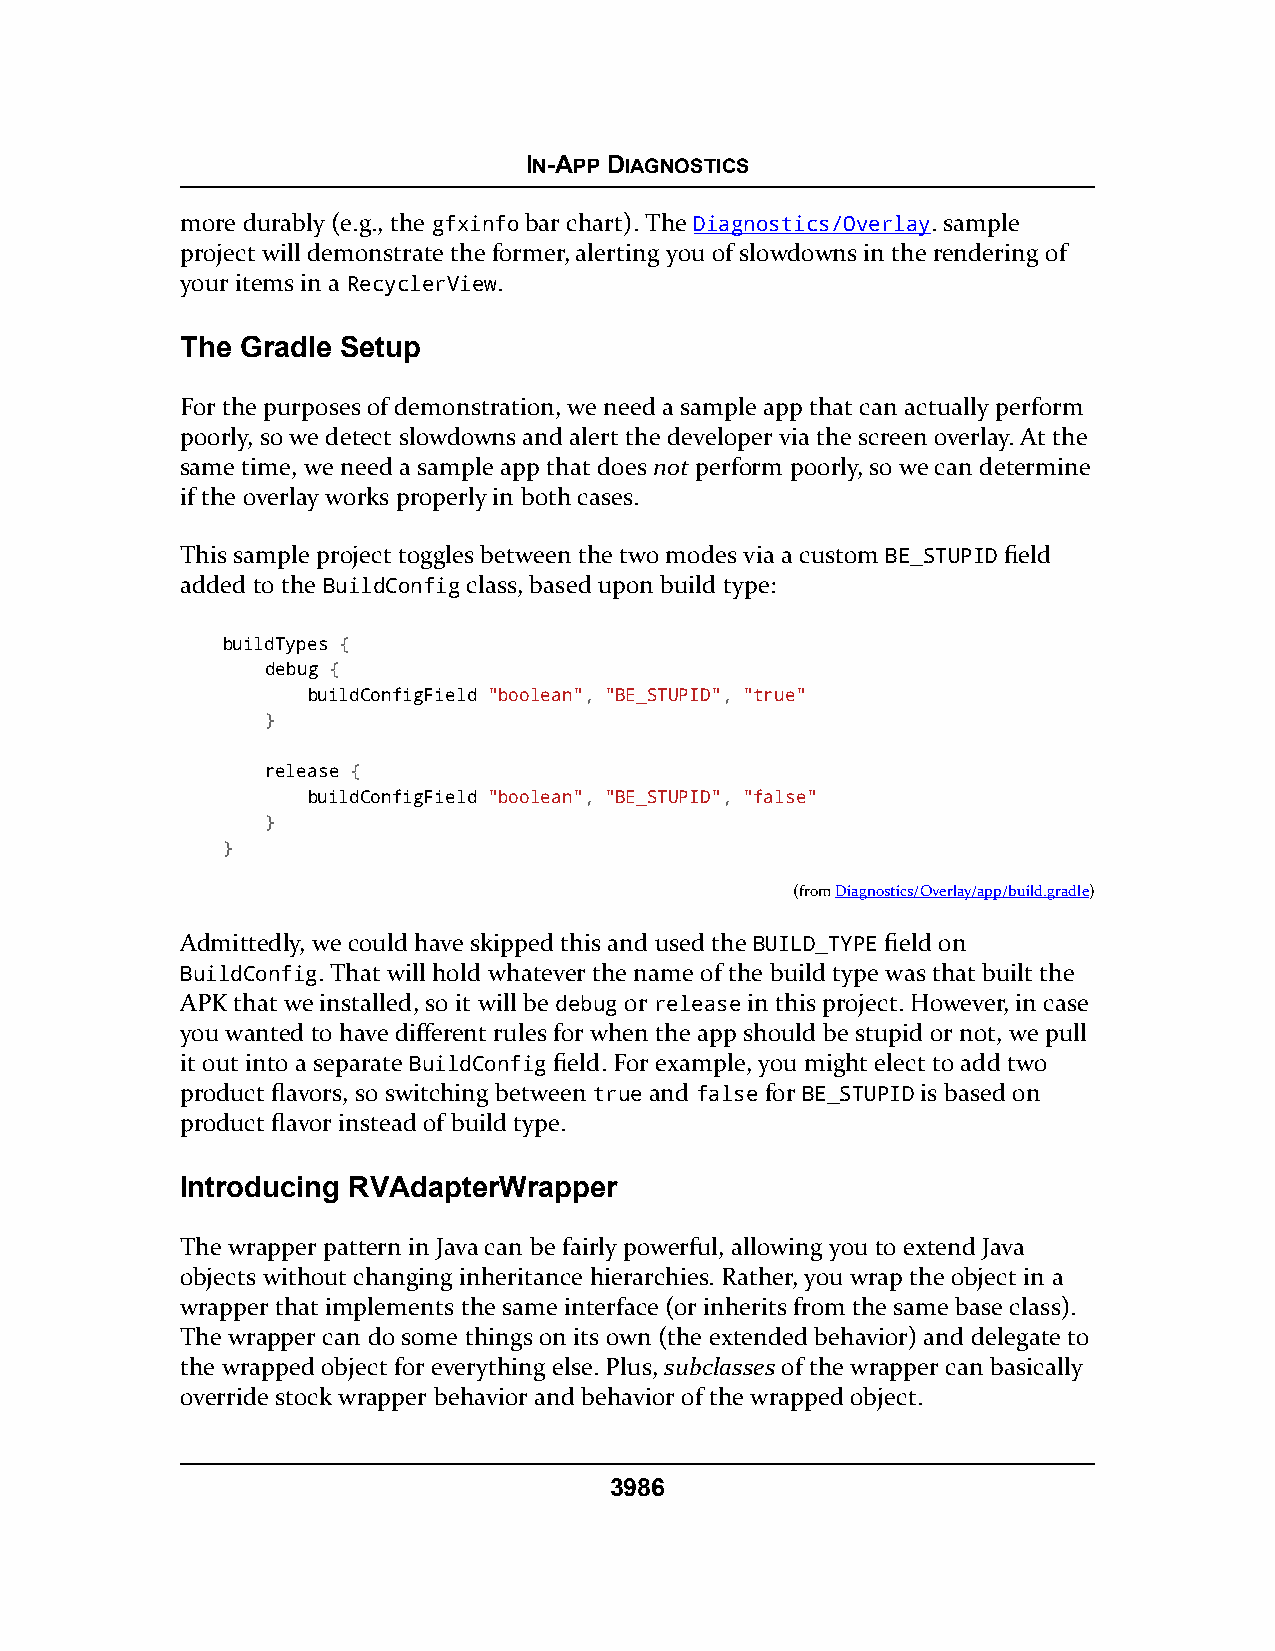
IN-APP DIAGNOSTICS
 more durably (e.g., the gfxinfo bar chart). The Diagnostics/Overlay. sample
 project will demonstrate the former, alerting you of slowdowns in the rendering of
 your items in a RecyclerView.
 The Gradle Setup
 For the purposes of demonstration, we need a sample app that can actually perform
 poorly, so we detect slowdowns and alert the developer via the screen overlay. At the
 same time, we need a sample app that does not perform poorly, so we can determine
 if the overlay works properly in both cases.
 This sample project toggles between the two modes via a custom BE_STUPID field
 added to the BuildConfig class, based upon build type:
 buildTypes {
 debug {
 buildConfigField "boolean", "BE_STUPID", "true"
 }
 release {
 buildConfigField "boolean", "BE_STUPID", "false"
 }
 }
 (fromDiagnostics/Overlay/app/build.gradle)
 Admittedly, we could have skipped this and used the BUILD_TYPE field on
 BuildConfig. That will hold whatever the name of the build type was that built the
 APK that we installed, so it will be debug or release in this project. However, in case
 you wanted to have different rules for when the app should be stupid or not, we pull
 it out into a separate BuildConfig field. For example, you might elect to add two
 product flavors, so switching between true and false for BE_STUPID is based on
 product flavor instead of build type.
 Introducing RVAdapterWrapper
 The wrapper pattern in Java can be fairly powerful, allowing you to extend Java
 objects without changing inheritance hierarchies. Rather, you wrap the object in a
 wrapper that implements the same interface (or inherits from the same base class).
 The wrapper can do some things on its own (the extended behavior) and delegate to
 the wrapped object for everything else. Plus, subclasses of the wrapper can basically
 override stock wrapper behavior and behavior of the wrapped object.
 3986